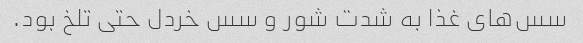
سس‌های غذا به شدت شور و سس خردل حتی تلخ بود.